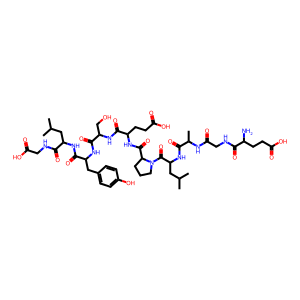
SMILES: CC(C)CC(NC(=O)C(Cc1ccc(O)cc1)NC(=O)C(CO)NC(=O)C(CCC(=O)O)NC(=O)C1CCCN1C(=O)C(CC(C)C)NC(=O)C(C)NC(=O)CNC(=O)C(N)CCC(=O)O)C(=O)NCC(=O)O
Inhibits HIV replication: No